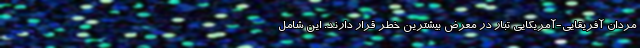
مردان آفریقایی-آمریکایی تبار در معرض بیشترین خطر قرار دارند. این شامل